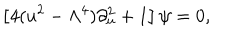
LaTeX: \left[ 4 ( u ^ { 2 } - \Lambda ^ { 4 } ) \partial _ { u } ^ { 2 } + 1 \right] \psi = 0 ,